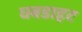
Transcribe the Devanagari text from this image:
घबडाहट